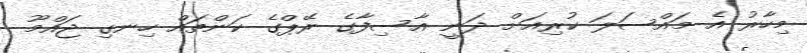
މިހާރު އެ މައްސަލަ ކުރިއަށް ދަނީ އާސިފާގެ ރޭޕްގެ ކަންތައް ހިނގި ޖައްމޫ